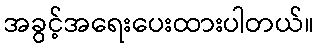
အခွင့်အရေးပေးထားပါတယ်။